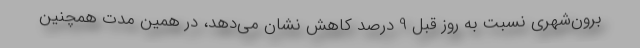
برون‌شهری نسبت به روز قبل 9 درصد کاهش‌ نشان می‌دهد، در همین مدت همچنین